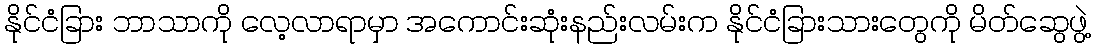
နိုင်ငံခြား ဘာသာကို လေ့လာရာမှာ အကောင်းဆုံးနည်းလမ်းက နိုင်ငံခြားသားတွေကို မိတ်ဆွေဖွဲ့